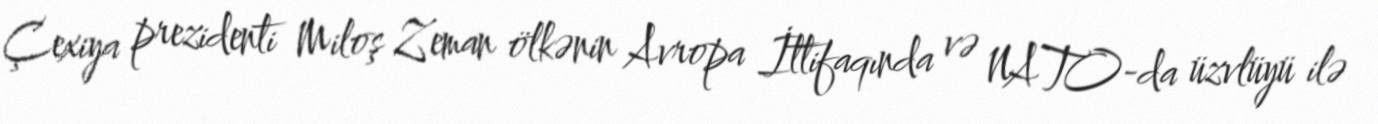
Çexiya prezidenti Miloş Zeman ölkənin Avropa İttifaqında və NATO-da üzvlüyü ilə